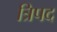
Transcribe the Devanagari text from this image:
त्रिपद